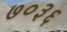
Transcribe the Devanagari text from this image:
७०३६